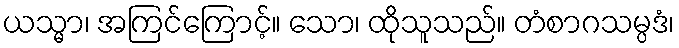
ယသ္မာ၊ အကြင်ကြောင့်။ သော၊ ထိုသူသည်။ တံစာဂသမ္ပဒံ၊